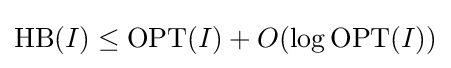
\mathrm {HB} (I)\leq \mathrm {OPT} (I)+O(\log {\mathrm {OPT} (I)})